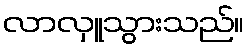
လာလှူသွားသည်။